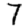
Digit: 7